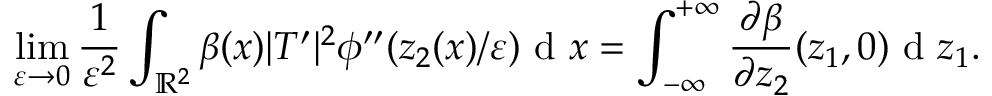
\operatorname* { l i m } _ { \varepsilon \to 0 } \frac { 1 } { \varepsilon ^ { 2 } } \int _ { \mathbb { R } ^ { 2 } } \beta ( x ) | T ^ { \prime } | ^ { 2 } \phi ^ { \prime \prime } ( z _ { 2 } ( x ) / \varepsilon ) \textrm { d } x = \int _ { - \infty } ^ { + \infty } \frac { \partial \beta } { \partial z _ { 2 } } ( z _ { 1 } , 0 ) \textrm { d } z _ { 1 } .